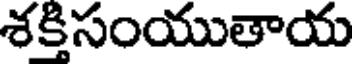
శకిసంయుతాయ